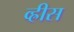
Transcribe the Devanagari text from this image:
व्ह्रीस